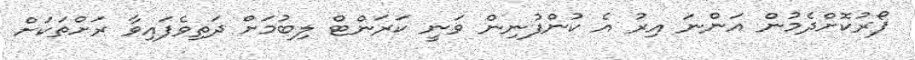
ފޯރުކޮށްދެމުން އަންނަ އިރު އެ ކުންފުނިން ވަނީ ކަރަންޓް ލިބުމަށް ދަތިވެފައިވާ ރަށްތަކަށް